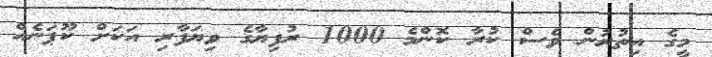
މީގެ އިތުރުން ވެސް ކުރާ ކޮންމެ 1000 ރުފިޔާގެ ވިޔަފާރި އަކަށް ކޫޕަނެއް